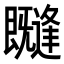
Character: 𭥊